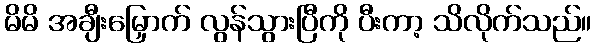
မိမိ အချီးမြှောက် လွန်သွားပြီကို ပီးကာ့ သိလိုက်သည်။